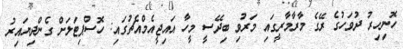
ހޮނިހިރު ދުވަހުގެ ރޭގެ މާރާމާރީގައި މަރުވި ބިދޭސީ މީހާ އައިޖީއެމްއެޗުގައި: ހޮސްޕިޓަލަށް ގެންދިޔައިރު